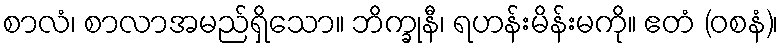
စာလံ၊ စာလာအမည်ရှိသော။ ဘိက္ခုနီ၊ ရဟန်းမိန်းမကို။ ဧတံ (ဝစနံ)၊